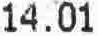
14.01